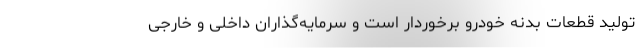
تولید قطعات بدنه خودرو برخوردار است و سرمایه‌گذاران داخلی و خارجی